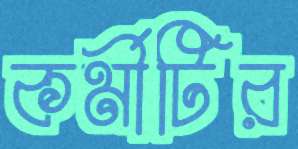
কর্মীটির